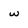
Character: w